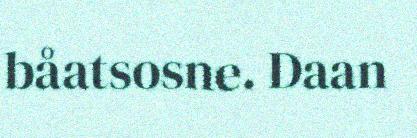
båatsosne. Daan